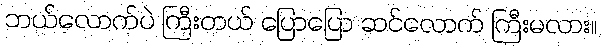
ဘယ်လောက်ပဲ ကြီးတယ် ပြောပြော ဆင်လောက် ကြီးမလား။